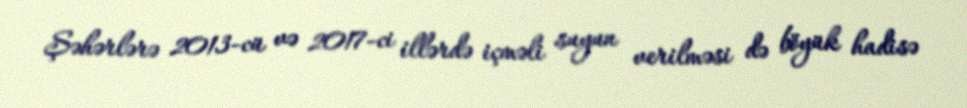
Şəhərlərə 2013-cü və 2017-ci illərdə içməli suyun verilməsi də böyük hadisə